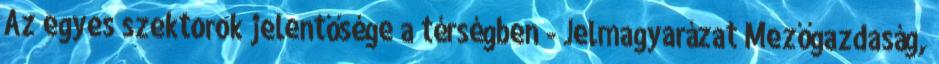
Az egyes szektorok jelentősége a térségben - Jelmagyarázat Mezőgazdaság,